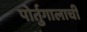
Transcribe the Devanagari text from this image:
पोर्तुगालाची